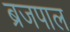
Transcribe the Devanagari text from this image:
ब्रजपाल